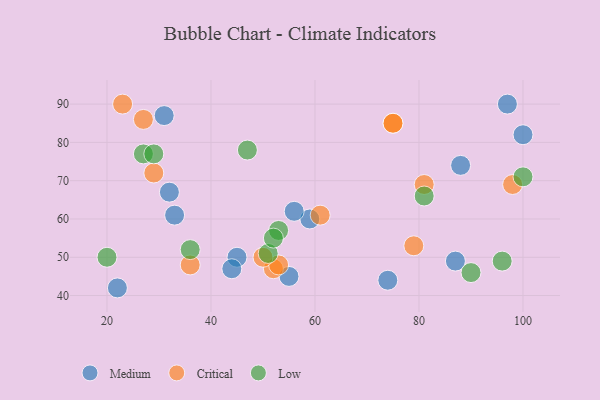
{"axis": {"x": "GDP", "y": "Life Expectancy"}, "legend": ["Critical", "Low", "Medium"], "data": [{"x": "45", "y": 50, "type": "Medium"}, {"x": "59", "y": 60, "type": "Medium"}, {"x": "87", "y": 49, "type": "Medium"}, {"x": "74", "y": 44, "type": "Medium"}, {"x": "100", "y": 82, "type": "Medium"}, {"x": "33", "y": 61, "type": "Medium"}, {"x": "55", "y": 45, "type": "Medium"}, {"x": "32", "y": 67, "type": "Medium"}, {"x": "31", "y": 87, "type": "Medium"}, {"x": "44", "y": 47, "type": "Medium"}, {"x": "22", "y": 42, "type": "Medium"}, {"x": "56", "y": 62, "type": "Medium"}, {"x": "88", "y": 74, "type": "Medium"}, {"x": "97", "y": 90, "type": "Medium"}, {"x": "52", "y": 47, "type": "Critical"}, {"x": "81", "y": 69, "type": "Critical"}, {"x": "61", "y": 61, "type": "Critical"}, {"x": "98", "y": 69, "type": "Critical"}, {"x": "29", "y": 72, "type": "Critical"}, {"x": "53", "y": 48, "type": "Critical"}, {"x": "75", "y": 85, "type": "Critical"}, {"x": "36", "y": 48, "type": "Critical"}, {"x": "27", "y": 86, "type": "Critical"}, {"x": "50", "y": 50, "type": "Critical"}, {"x": "75", "y": 85, "type": "Critical"}, {"x": "79", "y": 53, "type": "Critical"}, {"x": "23", "y": 90, "type": "Critical"}, {"x": "36", "y": 52, "type": "Low"}, {"x": "20", "y": 50, "type": "Low"}, {"x": "100", "y": 71, "type": "Low"}, {"x": "27", "y": 77, "type": "Low"}, {"x": "81", "y": 66, "type": "Low"}, {"x": "53", "y": 57, "type": "Low"}, {"x": "90", "y": 46, "type": "Low"}, {"x": "96", "y": 49, "type": "Low"}, {"x": "51", "y": 51, "type": "Low"}, {"x": "29", "y": 77, "type": "Low"}, {"x": "52", "y": 55, "type": "Low"}, {"x": "47", "y": 78, "type": "Low"}]}